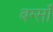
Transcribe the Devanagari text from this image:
बर्ग्साँ